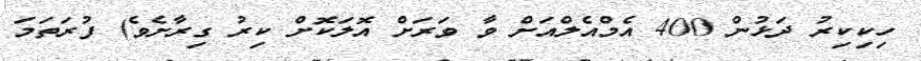
ހިކިކިރު ދަޅުން 400 އެމްއެލްއަށް ވާ ވަރަށް އޮލަކޮށް ކިރު ގިރާށެވެ) ފުރަތަމަ